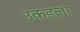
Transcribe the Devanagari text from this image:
उकडला